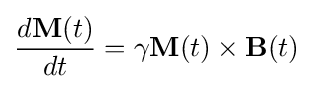
{\frac {d\mathbf {M} (t)}{dt}}=\gamma \mathbf {M} (t)\times \mathbf {B} (t)